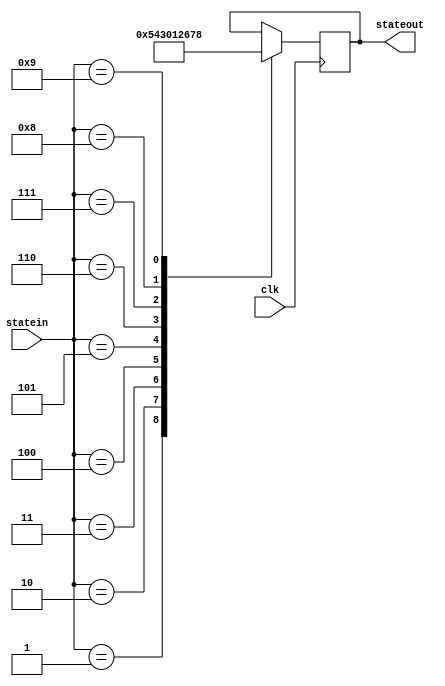
`timescale 1ns / 1ps
//////////////////////////////////////////////////////////////////////////////////
// Company: 
// 
// Design Name: 
// Module Name:    decostate 
// Project Name: 
// Target Devices: 
// Tool versions: 
// Description: 
//
// Dependencies: 
//
// Revision: 
// Revision 0.01 - File Created
// Additional Comments: 
//
//////////////////////////////////////////////////////////////////////////////////
module decostate(clk,statein,stateout);
input clk;
input wire [3:0] statein;
output reg[3:0] stateout;

   parameter b = 4'b0001;
   parameter c = 4'b0010;
   parameter d = 4'b0011;
   parameter e = 4'b0100;
   parameter f = 4'b0101;
   parameter g = 4'b0110;
   parameter h = 4'b0111;
	parameter i = 4'b1000;
	parameter j = 4'b1001;

	always@(posedge clk)
		begin
		case(statein)
	
				b: stateout=4'b0101;
				c: stateout=4'b0100;
				d: stateout=4'b0011;
				e: stateout=4'b0000;
				f: stateout=4'b0001;
				g: stateout=4'b0010;
				h: stateout=4'b0110;
				i: stateout=4'b0111;
				j: stateout=4'b1000;////	
		endcase
		end
	
	


endmodule